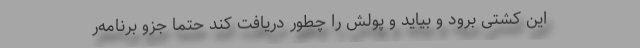
این کشتی برود و بیاید و پولش را چطور دریافت کند حتما جزو برنامه‌ر